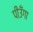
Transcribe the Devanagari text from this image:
पीउँगा